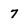
Character: 7